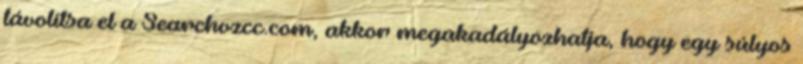
távolítsa el a Searchvzcc.com, akkor megakadályozhatja, hogy egy súlyos